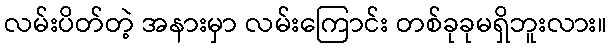
လမ်းပိတ်တဲ့ အနားမှာ လမ်းကြောင်း တစ်ခုခုမရှိဘူးလား။